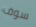
سوف